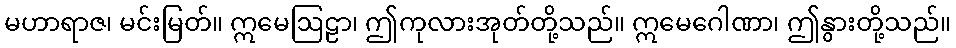
မဟာရာဇ၊ မင်းမြတ်။ ဣမေဩဠာ၊ ဤကုလားအုတ်တို့သည်။ ဣမေဂေါဏာ၊ ဤနွားတို့သည်။